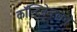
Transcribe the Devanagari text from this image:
कॉन्टिनेन्टलचे